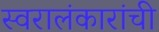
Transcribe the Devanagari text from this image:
स्वरालंकारांची